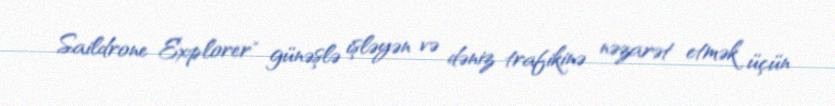
Saildrone Explorer" günəşlə işləyən və dəniz trafikinə nəzarət etmək üçün